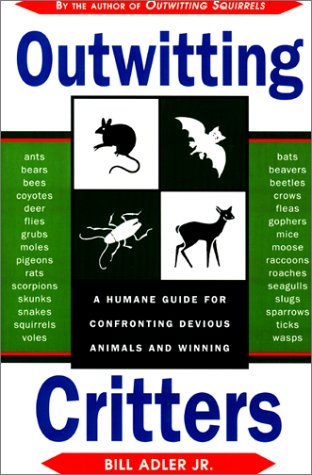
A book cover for Outwitting Critters; Bill Adler Jr.; Science & Math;